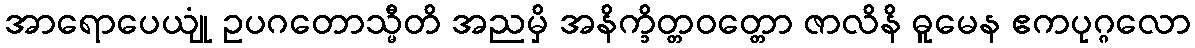
အာရောပေယျုံ ဥပဂတောသ္မီတိ အညမှိ အနိက္ခိတ္တဝတ္တော ဇာလိနိ ဓူမေန ဧကပုဂ္ဂလော